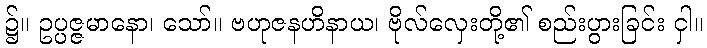
၌။ ဥပ္ပဇ္ဇမာနော၊ သော်။ ဗဟုဇနဟိနာယ၊ ဗိုလ်လှေးတို့၏ စည်းပွားခြင်း ငှါ။